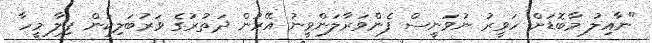
"ނާއިލު މާބޮޑަށް ހަވީރު ނުވަނީސް ފެންވަރާލަންވީނު އޭރުން ދަތުރުގެ ވަރުބަލިކަން ފިލާ މީހާ